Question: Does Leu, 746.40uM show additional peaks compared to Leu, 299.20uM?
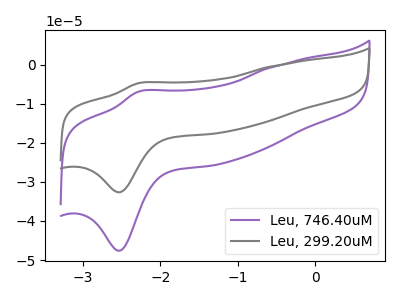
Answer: <think>The purple curve "Leu, 746.40uM" has an anodic peak at (-2.30V, -6.95uA) and a cathodic peak at (-2.55V, -47.60uA). The gray curve "Leu, 299.20uM" has an anodic peak at (-2.30V, -4.75uA) and a cathodic peak at (-2.55V, -32.65uA).
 All the peaks in "Leu, 746.40uM" have a peak in "Leu, 299.20uM" at the same potential.</think>
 <answer>No, "Leu, 746.40uM" and "Leu, 299.20uM" don't appear to be significantly different in shape</answer>
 <eval>no_change</eval>